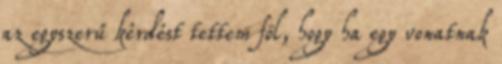
az egyszerű kérdést tettem föl, hogy ha egy vonatnak